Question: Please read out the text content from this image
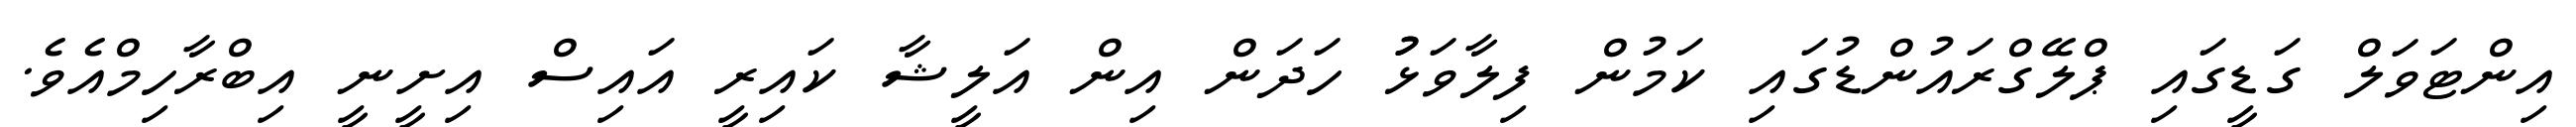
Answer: އިންޓަވަލް ގަޑީގައި ޕްލޭގްރައުންޑުގައި ކަމުން ފިލާވަޅުު ހަދަން އިން އަލީޝާ ކައިރީ އައިސް އިށީނީ އިބްރާހިމްއެވެ.